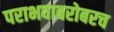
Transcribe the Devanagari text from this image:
पराभवाबरोबरच